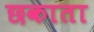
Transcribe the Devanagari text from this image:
छकाता